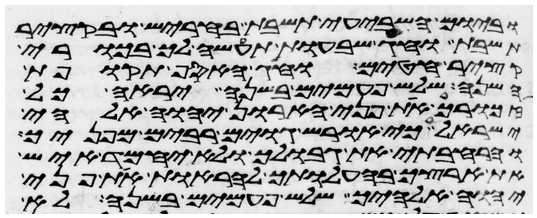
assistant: וביום השביעי תשבת בחריש ובקציר
תשבת וחג שבעות תעשה לך בכורי
קציר חטים וחג האסף תקופת
השנה שלש פעמים בשנה יראה כל
זכורך את פני הארון יהוה אלהי
ישראל כי אוריש גוים רבים מפניך
והרחבתי את גבולך ולא יחמד איש
את ארצך בהעלותך להראות את פני
יהוה אלהיך שלש פעמים בשנה לא